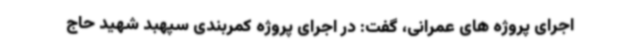
اجرای پروژه های عمرانی، گفت: در اجرای پروژه کمربندی سپهبد شهید حاج